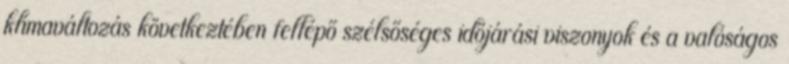
klímaváltozás következtében fellépő szélsőséges időjárási viszonyok és a valóságos